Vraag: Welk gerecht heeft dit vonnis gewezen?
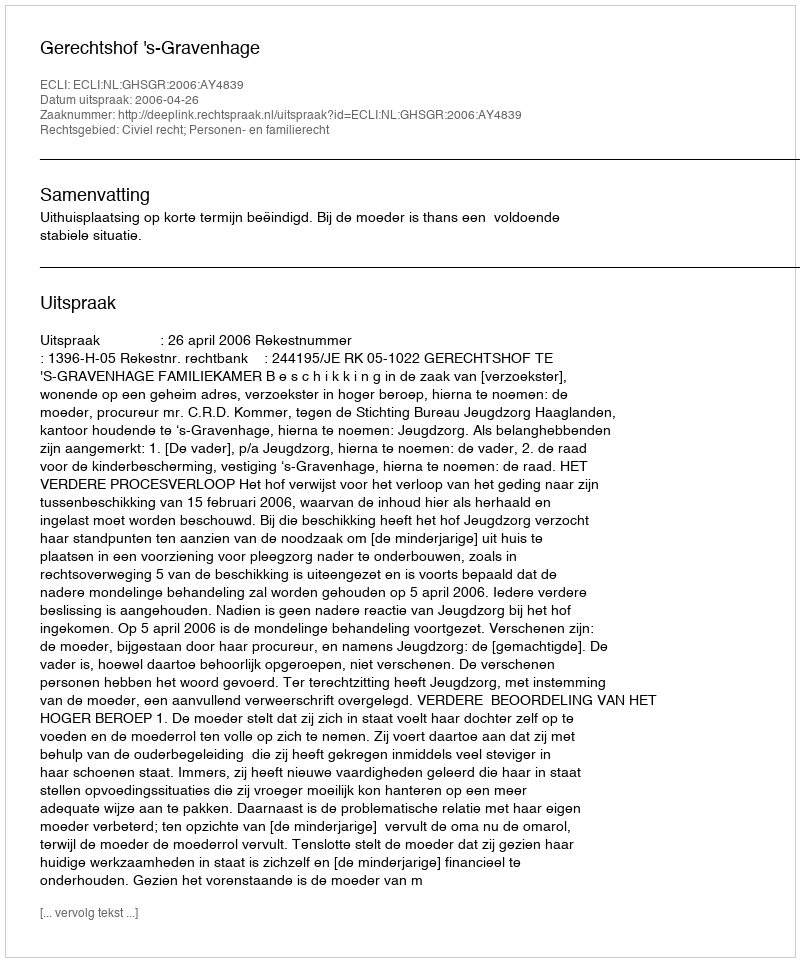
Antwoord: Gerechtshof 's-Gravenhage